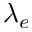
\lambda _ { e }